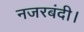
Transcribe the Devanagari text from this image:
नजरबंदी।